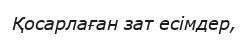
Қосарлаған зат есімдер,